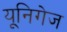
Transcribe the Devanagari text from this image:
यूनिगेज